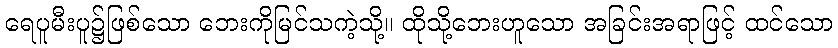
ရေပူမီးပူ၌ဖြစ်သော ဘေးကိုမြင်သကဲ့သို့။ ထိုသို့ဘေးဟူသော အခြင်းအရာဖြင့် ထင်သော